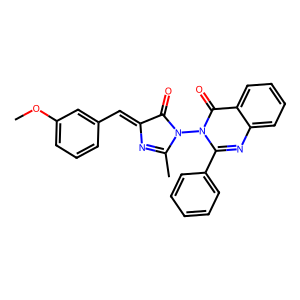
SMILES: COc1cccc(C=C2N=C(C)N(n3c(-c4ccccc4)nc4ccccc4c3=O)C2=O)c1
Inhibits HIV replication: No